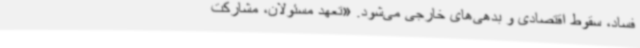
فساد، سقوط اقتصادی و بدهی‌های خارجی می‌شود. «تعهد مسئولان، مشارکت